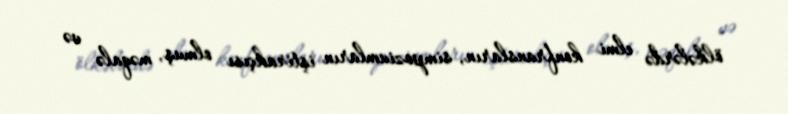
ölkələrdə elmi konfransların, simpoziumların iştirakçısı olmuş, məqalə və